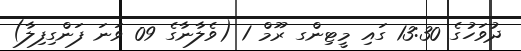
ދުވަހުގެ 13:30 ގައި މީޓިންގ ރޫމް 1 (ވެލާނާގެ 09 ވަނަ ފަންގިފިލާ)